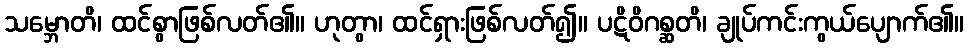
သမ္ဘောတိ၊ ထင်စွာဖြစ်လတ်၏။ ဟုတွာ၊ ထင်ရှားဖြစ်လတ်၍။ ပဋိဝိဂစ္ဆတိ၊ ချုပ်ကင်းကွယ်ပျောက်၏။